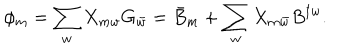
LaTeX: \phi _ { m } = \sum _ { w } X _ { m w } G _ { \bar { w } } = \bar { B } _ { m } + \sum _ { w } X _ { m \bar { w } } B ^ { \dagger w } .